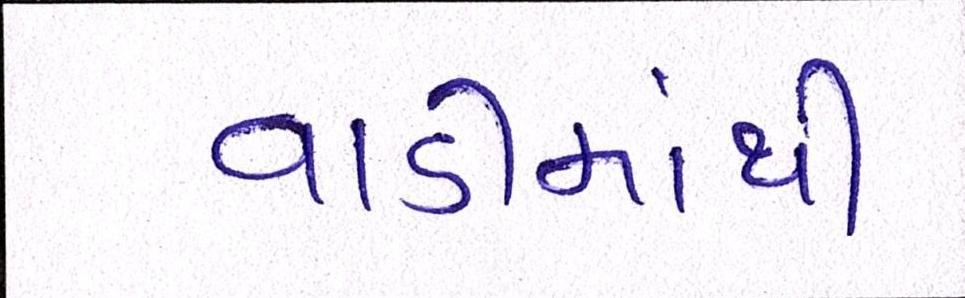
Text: વાડીમાંથી